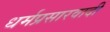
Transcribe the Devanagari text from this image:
धर्मप्रसारवादी